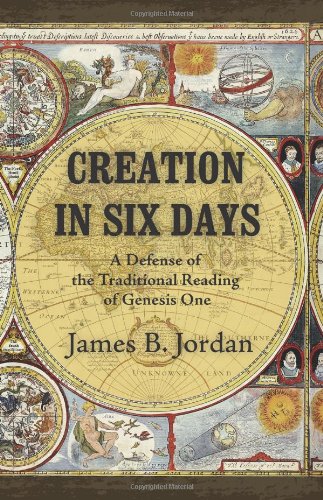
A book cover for Creation in Six Days: A Defense of the Traditional Reading of Genesis One; James B. Jordan; Christian Books & Bibles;